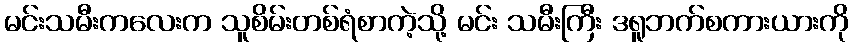
မင်းသမီးကလေးက သူစိမ်းတစ်ရံစာကဲ့သို့ မင်း သမီးကြီး ဒရူဘက်စကားယားကို